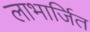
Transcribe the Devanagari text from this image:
लाभार्जित